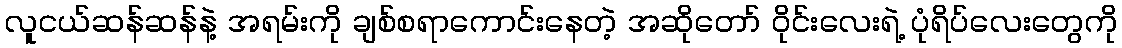
လူငယ်ဆန်ဆန်နဲ့ အရမ်းကို ချစ်စရာကောင်းနေတဲ့ အဆိုတော် ဝိုင်းလေးရဲ့ ပုံရိပ်လေးတွေကို